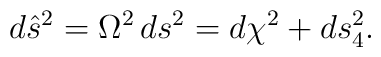
d{\hat s}^2 = \Omega^2\, ds^2 = d\chi^2 + ds_4^2.